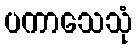
ပကာသေသုံ